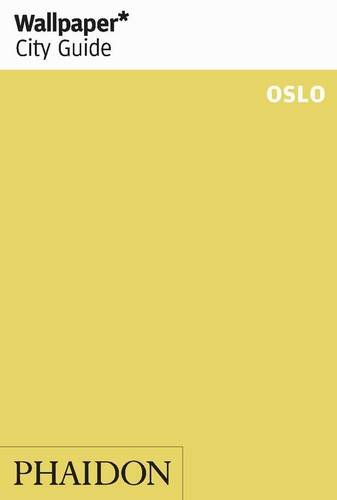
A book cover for Wallpaper City Guide Oslo 2013; Travel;